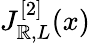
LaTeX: J_{\mathbb{R},L}^{[2]}(x)